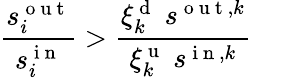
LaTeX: \frac{s_{i}^{\mathrm{~o~u~t~}}}{s_{i}^{\mathrm{~i~n~}}}>\frac{\xi_{k}^{\mathrm{~d~}}\; s^{\mathrm{~o~u~t~},k}}{\xi_{k}^{\mathrm{~u~}}\; s^{\mathrm{~i~n~},k}}\qquad